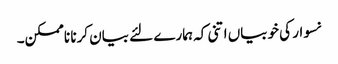
نسوار کی خوبیاں اتنی کہ ہمارے لئے بیان کرنا ناممکن۔